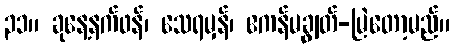
၃၁။ ခုနေ့နက်ဖန်၊ သေရမှန်၊ ဧကန်မချွတ်-မြဲတော့မည်။